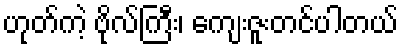
ဟုတ်ကဲ့ ဗိုလ်ကြီး၊ ကျေးဇူးတင်ပါတယ်